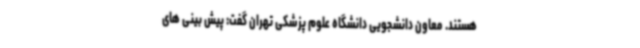
هستند. معاون دانشجویی دانشگاه علوم پزشکی تهران گفت: پیش بینی های